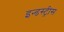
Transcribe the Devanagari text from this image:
इन्डस्ट्रीस